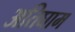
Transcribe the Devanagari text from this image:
अतिघाम